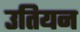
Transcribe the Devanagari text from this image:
उतियन